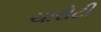
ચારોટી